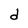
Character: d